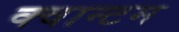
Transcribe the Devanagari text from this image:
क्‍वान्‍टम